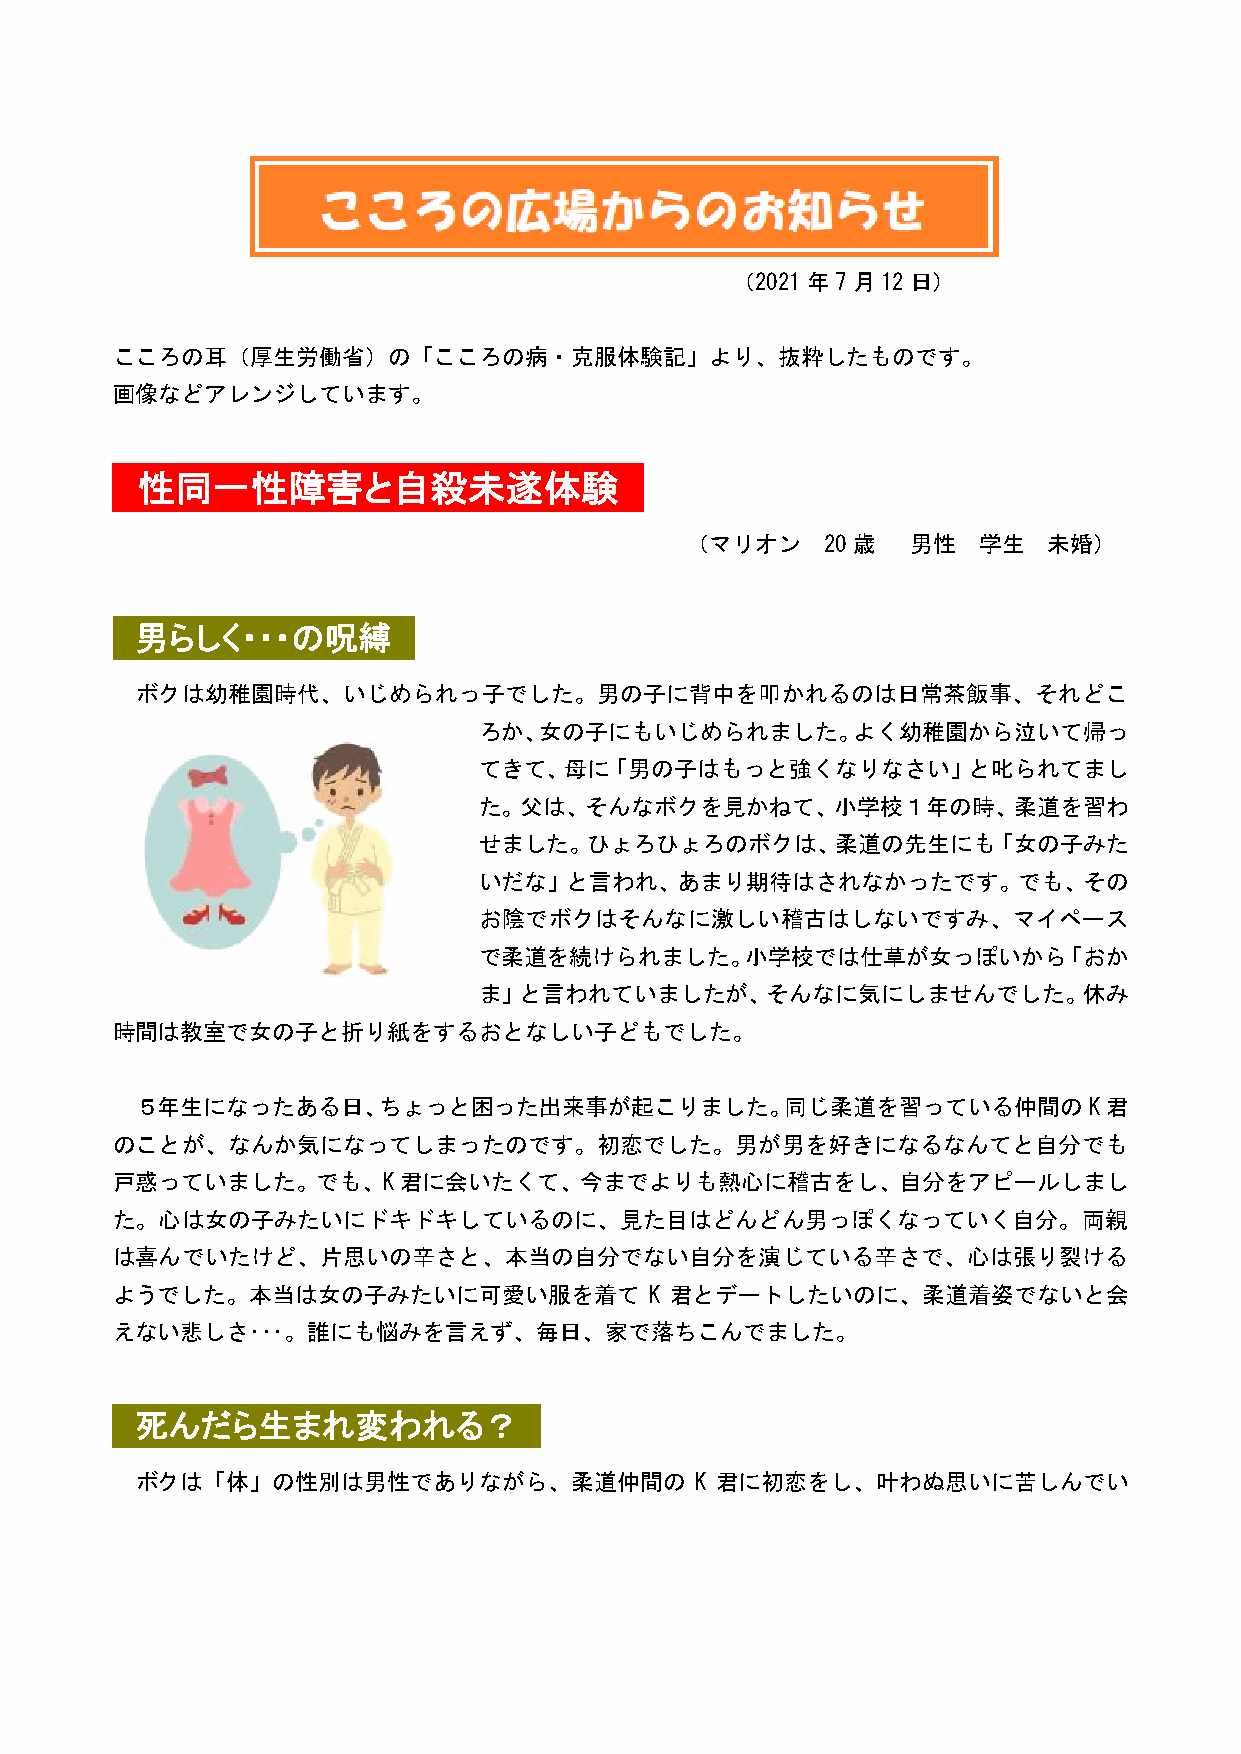
（2021年7月12日）
 こころの耳（厚生労働省）の「こころの病・克服体験記」より、抜粋したものです。
 画像などアレンジしています。
 性同一性障害と自殺未遂体験
 （マリオン     20歳  男性   学生  未婚）
 男らしく・・・の呪縛
 ボクは幼稚園時代、いじめられっ子でした。男の子に背中を叩かれるのは日常茶飯事、それどこ
 ろか、女の子にもいじめられました。よく幼稚園から泣いて帰っ
 てきて、母に「男の子はもっと強くなりなさい」と叱られてまし
 た。父は、そんなボクを見かねて、小学校１年の時、柔道を習わ
 せました。ひょろひょろのボクは、柔道の先生にも「女の子みた
 いだな」と言われ、あまり期待はされなかったです。でも、その
 お陰でボクはそんなに激しい稽古はしないですみ、マイペース
 で柔道を続けられました。小学校では仕草が女っぽいから「おか
 ま」と言われていましたが、そんなに気にしませんでした。休み
 時間は教室で女の子と折り紙をするおとなしい子どもでした。
 ５年生になったある日、ちょっと困った出来事が起こりました。同じ柔道を習っている仲間のK君
 のことが、なんか気になってしまったのです。初恋でした。男が男を好きになるなんてと自分でも
 戸惑っていました。でも、K君に会いたくて、今までよりも熱心に稽古をし、自分をアピールしまし
 た。心は女の子みたいにドキドキしているのに、見た目はどんどん男っぽくなっていく自分。両親
 は喜んでいたけど、片思いの辛さと、本当の自分でない自分を演じている辛さで、心は張り裂ける
 ようでした。本当は女の子みたいに可愛い服を着て             K 君とデートしたいのに、柔道着姿でないと会
 えない悲しさ･･･。誰にも悩みを言えず、毎日、家で落ちこんでました。
 死んだら生まれ変われる？
 ボクは「体」の性別は男性でありながら、柔道仲間の             K 君に初恋をし、叶わぬ思いに苦しんでい